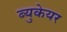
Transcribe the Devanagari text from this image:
ब्युकेयर